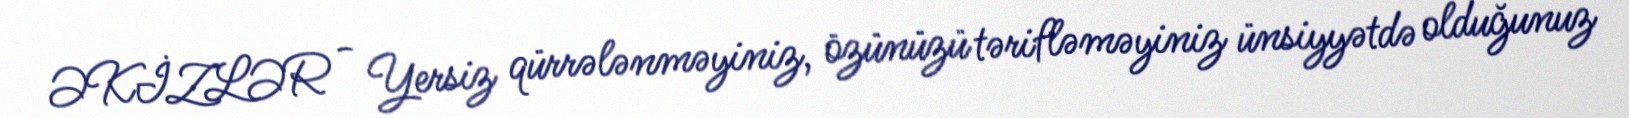
ƏKİZLƏR - Yersiz qürrələnməyiniz, özünüzü tərifləməyiniz ünsiyyətdə olduğunuz